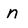
Character: n